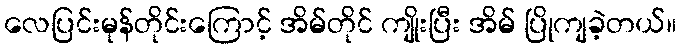
လေပြင်းမုန်တိုင်းကြောင့် အိမ်တိုင် ကျိုးပြီး အိမ် ပြိုကျခဲ့တယ်။